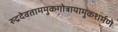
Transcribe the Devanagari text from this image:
रुद्रदेवताममुकगोत्रायामुकशर्मणे